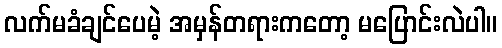
လက်မခံချင်ပေမဲ့ အမှန်တရားကတော့ မပြောင်းလဲပါ။